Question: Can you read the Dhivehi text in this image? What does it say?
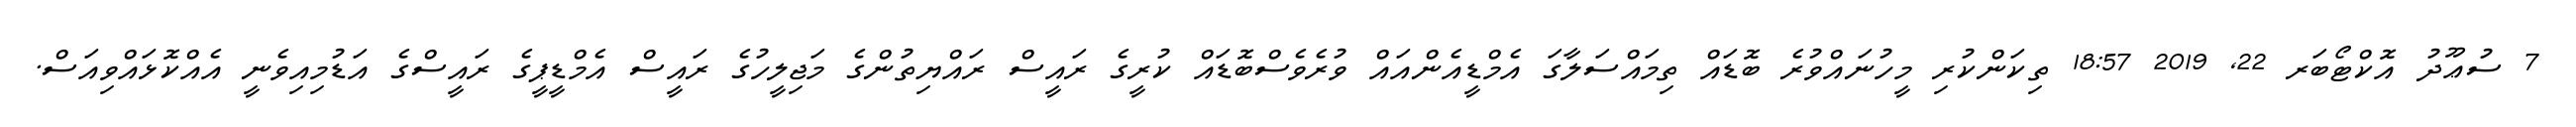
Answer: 7 ސުޢޫދު އޮކްޓޯބަރ 22, 2019 18:57 ތިކަންކުރި މީހުނައްވުރެ ބޮޑައް ތިމައްސަލާގަ އެމްޑީއެންއައް ވުރެވެސްބޮޑައް ކުރީގެ ރައީސް ރައްޔިތުންގެ މަޖިލީހުގެ ރައީސް އެމްޑީޕީގެ ރައީސްގެ އަޑުމިއިވެނީ އެއްކޮޅައްވިއަސް.